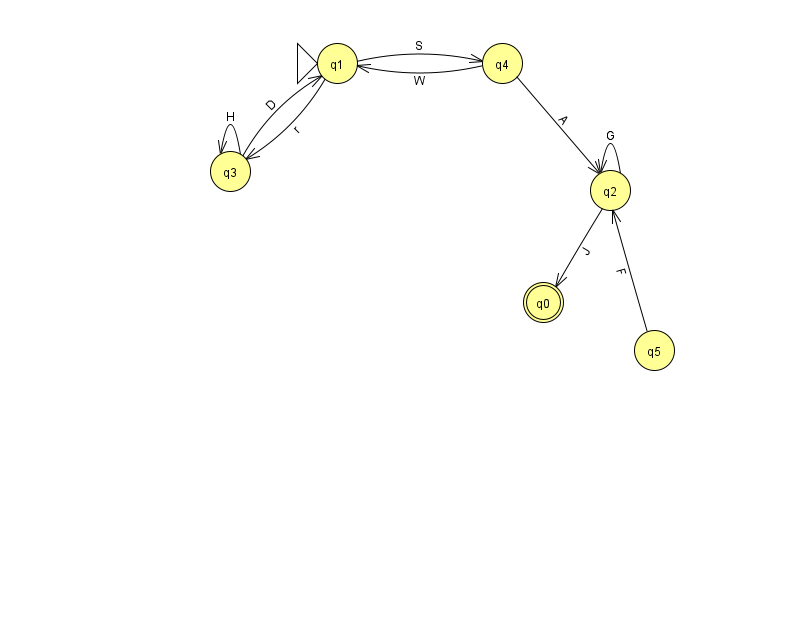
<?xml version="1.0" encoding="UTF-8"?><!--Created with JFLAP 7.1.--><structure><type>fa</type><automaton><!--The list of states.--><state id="0" name="q0"><x>543.0</x><y>289.0</y><final/></state><state id="1" name="q1"><x>337.0</x><y>50.0</y><initial/></state><state id="2" name="q2"><x>610.0</x><y>177.0</y></state><state id="3" name="q3"><x>230.0</x><y>158.0</y></state><state id="4" name="q4"><x>502.0</x><y>50.0</y></state><state id="5" name="q5"><x>654.0</x><y>337.0</y></state><!--The list of transitions.--><transition><from>4</from><to>1</to><read>W</read></transition><transition><from>5</from><to>2</to><read>F</read></transition><transition><from>2</from><to>0</to><read>J</read></transition><transition><from>1</from><to>4</to><read>S</read></transition><transition><from>2</from><to>2</to><read>G</read></transition><transition><from>3</from><to>1</to><read>D</read></transition><transition><from>3</from><to>3</to><read>H</read></transition><transition><from>1</from><to>3</to><read>r</read></transition><transition><from>4</from><to>2</to><read>A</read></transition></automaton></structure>